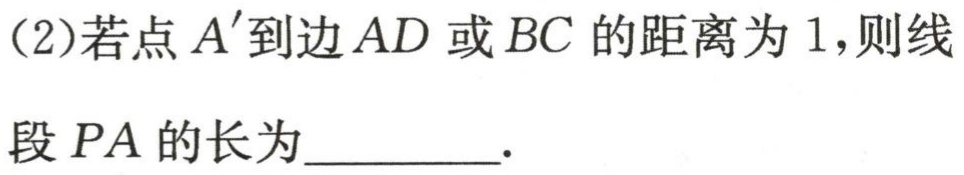
(2)若点 \(A'\)到边 \(AD\) 或 \(BC\) 的距离为 \(1\),则线段 \(PA\) 的长为_________.